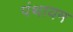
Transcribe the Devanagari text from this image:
पंथायम